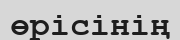
өрісінің